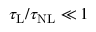
\tau _ { \mathrm { L } } / \tau _ { \mathrm { N L } } \ll 1